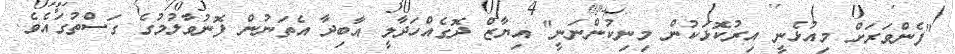
"ފެންވަރަށް މިއުޅެނީ އިރުކޮޅަކުން މިނިކުންނަނީ" އިޔާޒް ދޮގެއްހަދާލީ އާބިދާ އެތަނުން ފޮނުވާލުމުގެ ގަސްތުގައެވެ.